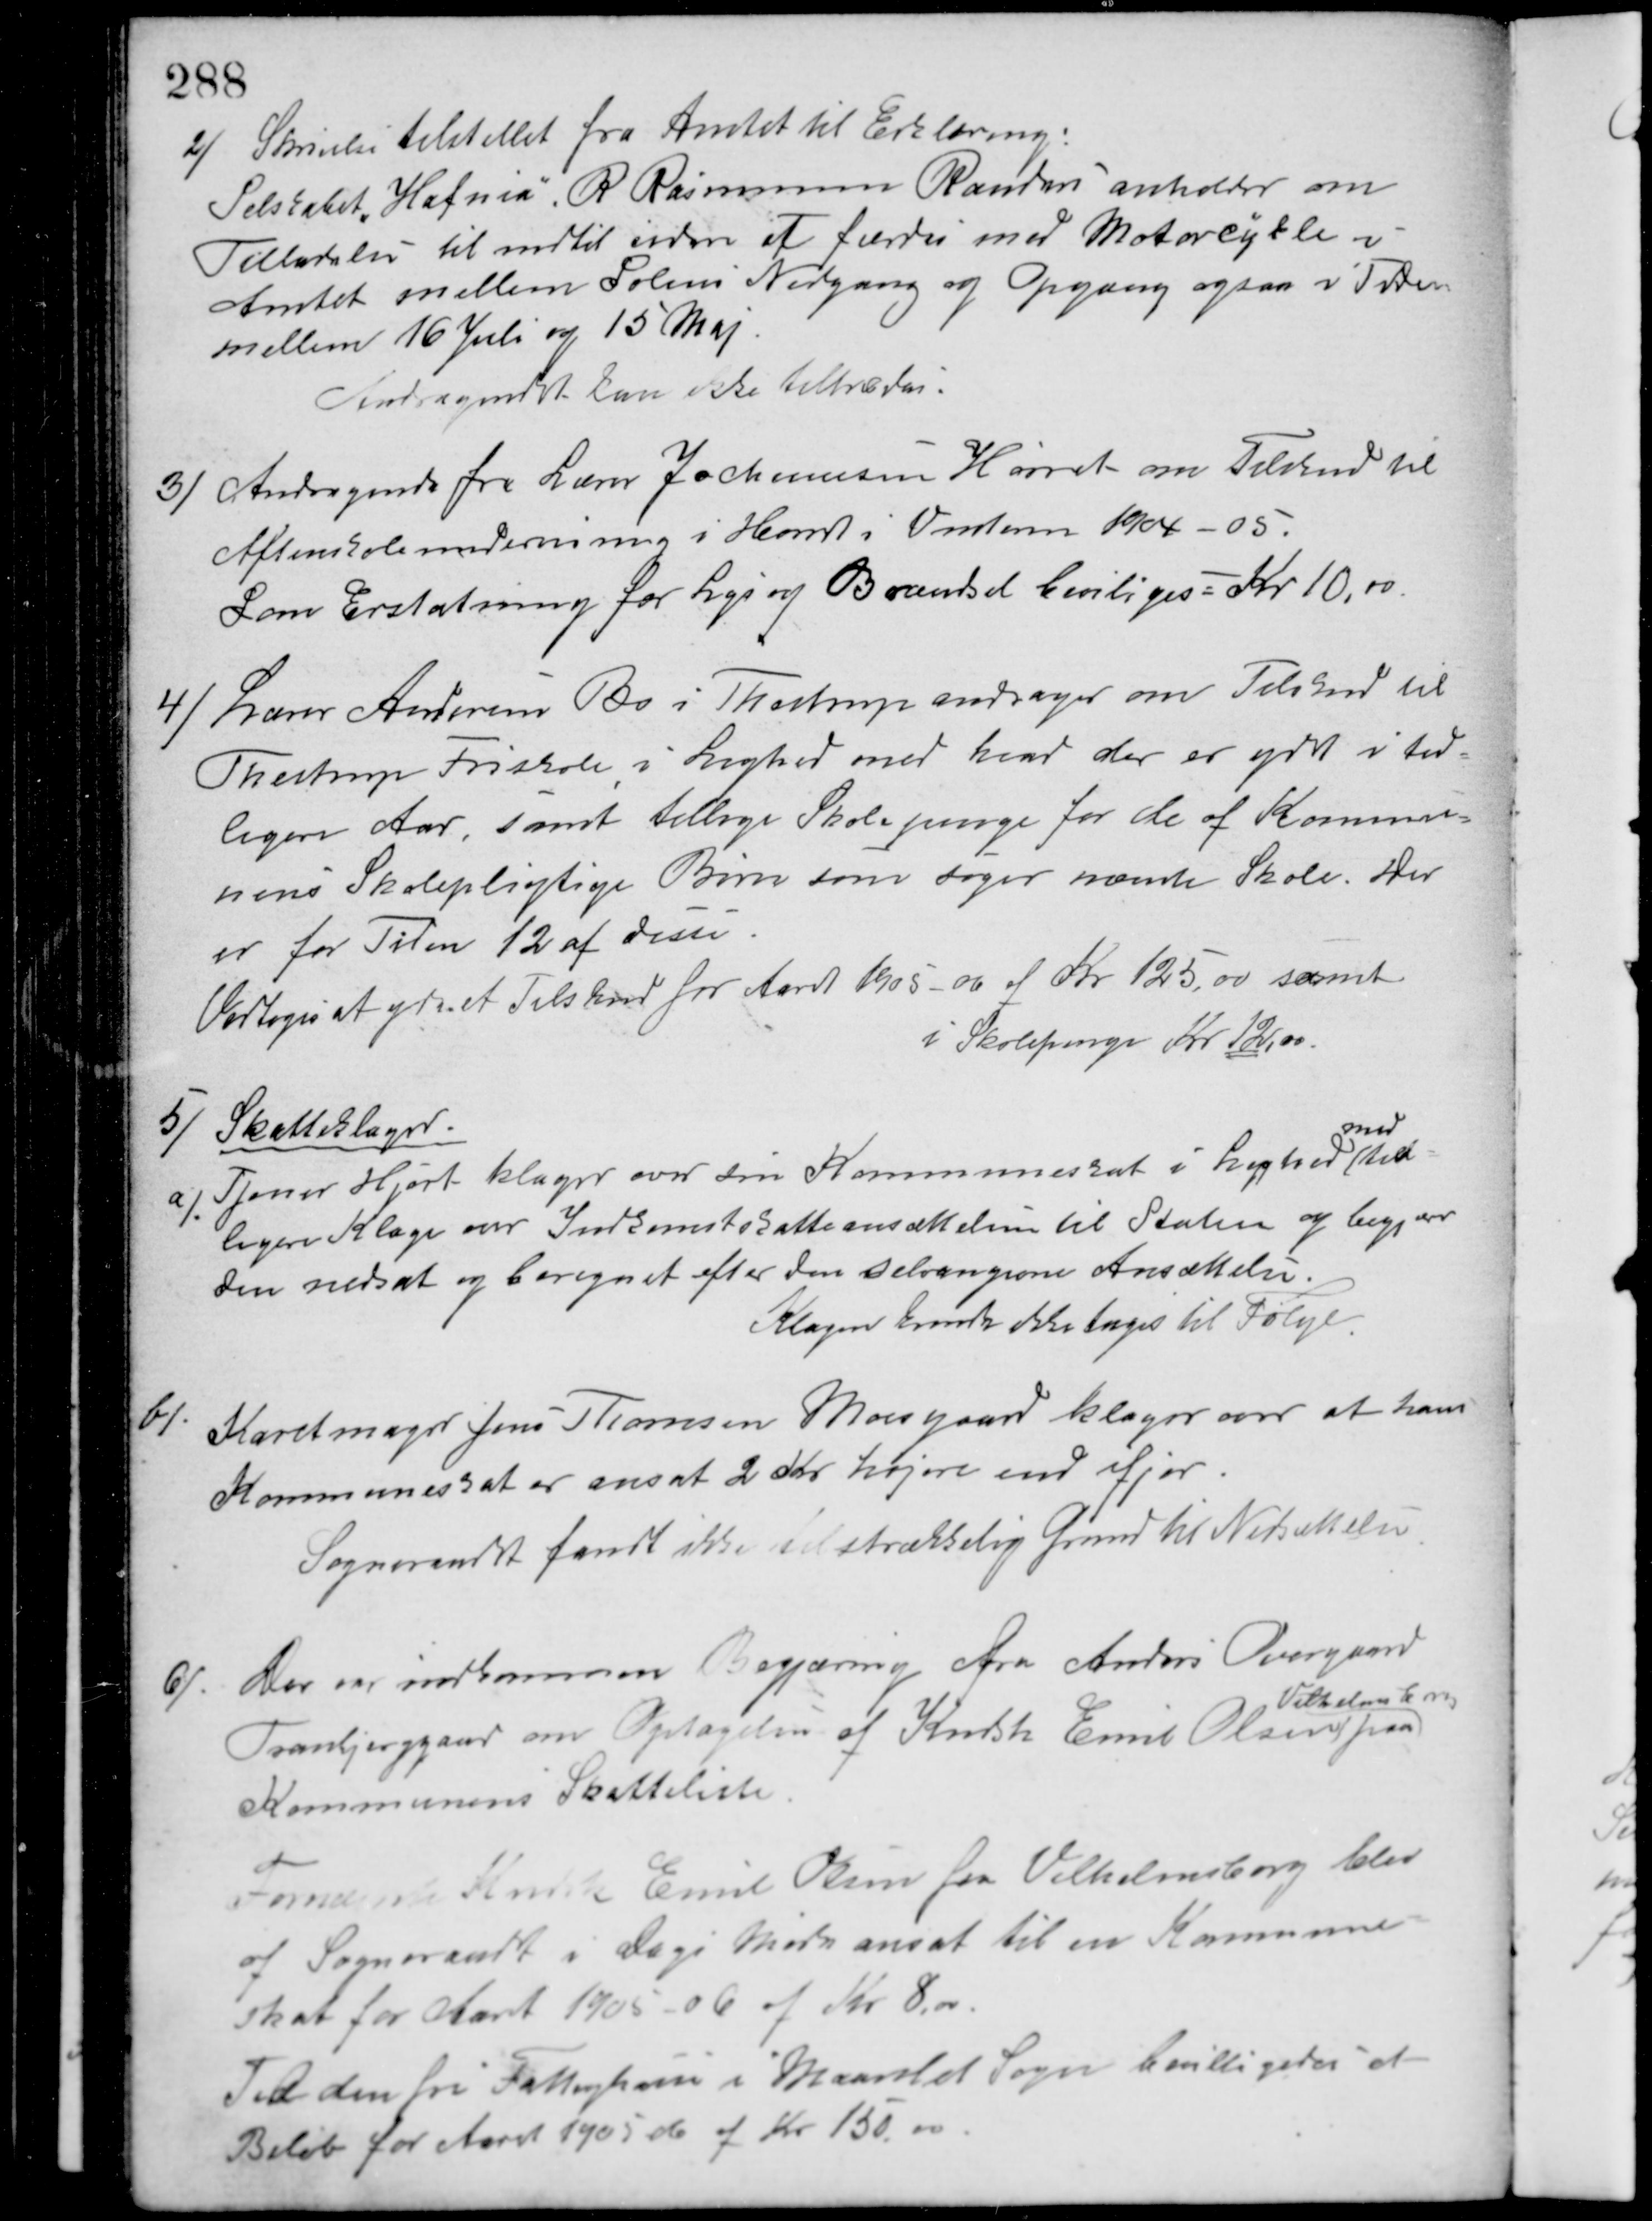
Transskription:
2/ Skrivelse tilstillet fra Amtet til Erklæring:
Selskabet "Hafnia" R. Rasmussen Randers anholder om
Tilladelse til indtil videre at færdes med Motorcykler i
Amtet mellem Solens Nedgang og Opgang ogsaa i Tiden
mellem 16 Juli og 15 Maj.
Andragendet kan ikke tiltrædes.
3/ Andragende fra Lærer Jochumsen Hørret om Tilskud til
Aftenskoleundervisning i Hørret i Vinteren 1904-05.
Som Erstatning for Lys og Brændsel beviliges = Kr. 10,00.
4/ Lærer Andersen Bo i Thestrup andrager om Tilskud til
Thestrup Friskole i Lighed med hvad der er ydet i tid-
ligere Aar samt tillige Skolepenge for de af Kommu-
nens Skolepligtige Børn som søger nævnte Skole. Der
er for Tiden 12 af disse.
Vedtoges at yde et Tilskud for Aaret 1905 - 06 af Kr. 125,00 samt
i Skolepenge Kr. 12,00.
5/ Skatteklager.
a/ Tjener Hjort klager over sin Kommuneskat i Lighed
med
tid-
ligere Klage over Indkomstskatteansættelsen til Staten og begjærer
den nedsat og beregnet efter den selvangivne Ansættelse.
Klagen kunde ikke tages til Følge.
b/ Karetmager Jens Thomsen Moesgaard klager over at hans
Kommuneskat er ansat 2 Kr. højere end ifjor.
Sogneraadet fandt ikke tilstrækkelig Grund til Nedsættelse.
c/ Der var indkommen Begjæring fra Anders Overgaard
Tranbjerggaard om Optagelse af Kudsk Emil Olsen
Vilhelmsborg
paa
Kommunens Skatteliste.
Fornævnte Kudsk Emil Olsen fra Vilhelmsborg blev
af Sogneraadt i dags Møde ansat til en Kommune-
skat for Aaret 1905-06 af Kr. 8.00.
Til den fri Fattigkasse i Maarslet Sogn bevilligedes et
Beløb for Aaret 1905-06 af Kr. 150,00.